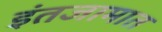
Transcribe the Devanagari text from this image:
इंतजामात